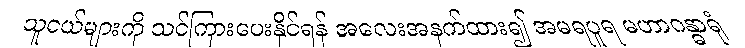
သူငယ်များကို သင်ကြားပေးနိုင်ရန် အလေးအနက်ထား၍ အမရပူရ မဟာဂန္ဓာရုံ